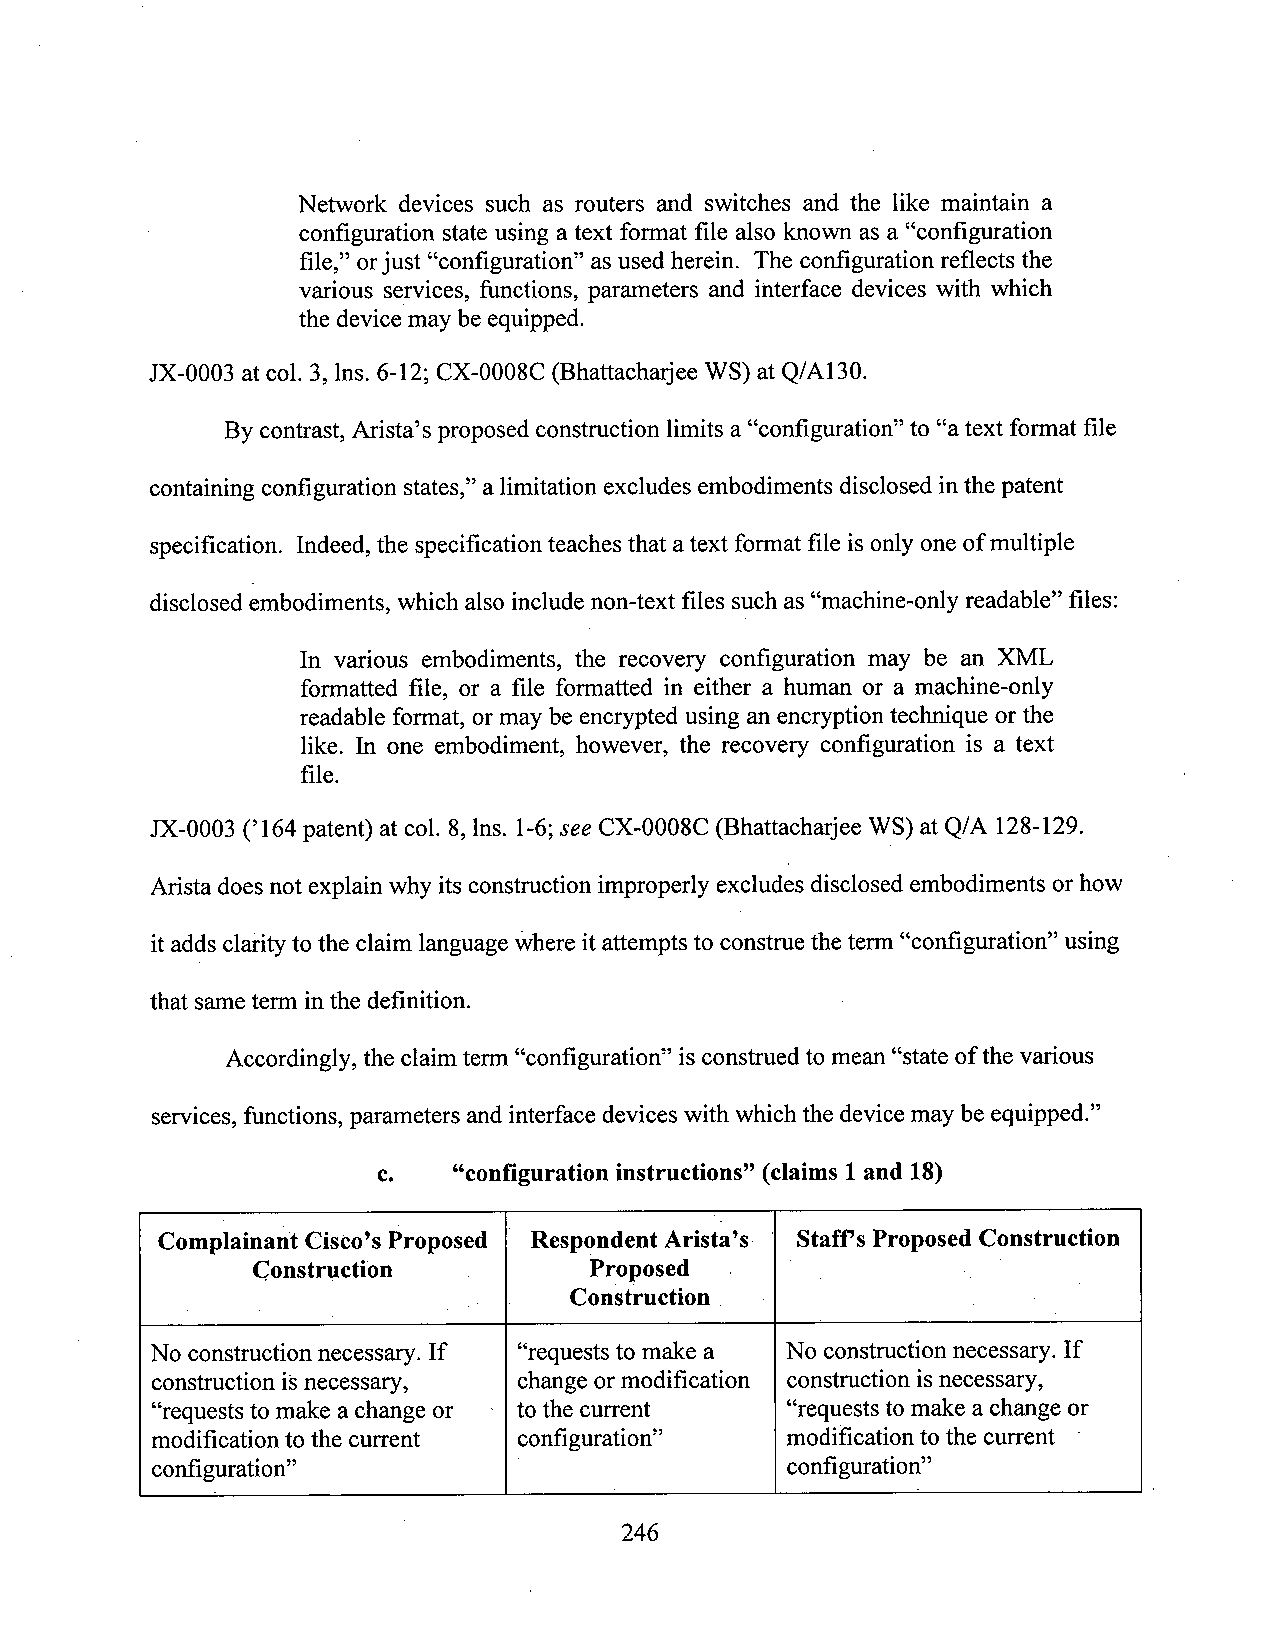
Network devices such as routers and switches and the like maintain a
 configuration state using a text format file also known as a “configuration
 file,” orjust “configuration” as used herein. The configuration reflects the
 various services, functions, parameters and interface devices with which
 the device may beequipped.
 JX-0003 atcol. 3, lns. 6-12; CX-0008C (Bhattacharjee WS) at Q/A130.
 By contrast, Arista’s proposed construction limits a “configuration” to “a text format file
 containing configuration states,” alimitation excludes embodiments disclosed inthe patent
 specification. Indeed, the specification teaches that atext fonnat file is onlyone of multiple
 disclosed embodiments, which also include non-text files such as “machine—onlyreadable” files:
 In various embodiments, the recovery configuration may be an XML
 formatted file, or a file formatted in either a human or a machine-only
 readable format, or may be encrypted using an encryption technique or the
 like. In one embodiment, however, the recovery configuration is a text
 file.
 JX-0003 (’164patent) at col. 8, lns. 1-6;see CX-0008C (Bhattacharjee WS) at Q/A 128-129.
 Arista does not explain why its construction improperly excludes disclosed embodiments orhow
 it adds clarityto the claim language where it attempts to construe the term “configuration” using
 that sameterm in the definition.
 Accordingly, the claim term “configuration” is construed to mean “state of the various
 services, functions, parameters andinterface devices with which the devicemay be equipped.”
 c.   “configuration instructions” (claims 1and 18)
 Complainant Cisco’sProposed Respondent Arista’s ' Staffs ProposedConstruction
 Construction          Proposed .               ­
 Construction                  ­
 No construction necessary. If “requests to make a No construction necessary. If
 construction isnecessary, changeormodification construction isnecessary,
 “requests tomake a change or to the current “requests tomake a change or
 modification tothe current configuration” modification tothe current
 configuration”                            configuration”
 246